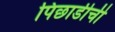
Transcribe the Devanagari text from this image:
पिछाडीची